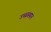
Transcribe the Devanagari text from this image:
उच्चस्थान